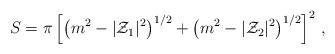
\begin{align*}S=\pi \left[ \left(m^{2}-|{\cal Z}_{1}|^{2}\right)^{1/2}+ \left(m^{2}-|{\cal Z}_{2}|^{2}\right)^{1/2}\right]^{2}\, ,\end{align*}